Lunatic asylums Central Provinces reports 1910-1926 - 1910-1926
Year: 1910
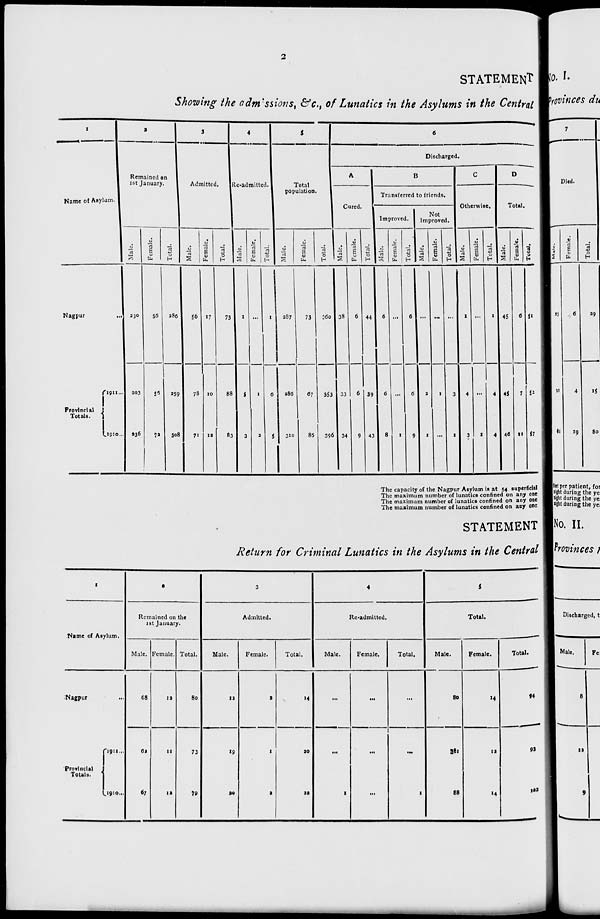
2
STATEMENT
Showing the admissions, &c., of Lunatics in the Asylums in the Central
1
Name of Asylum.
Nagpur ...
Provincial
Totals.
1911 ...
1910 ...
2
Remained on
1st January.
Male.
230
203
236
Female.
56
56
72
Total.
286
259
308
3
Admitted.
Male.
56
78
71
Female.
17
10
12
Total.
73
88
83
4
Re-admitted.
Male.
1
5
3
Female.
...
1
2
Total.
1
6
5
5
Total
population.
Male.
287
286
310
Female.
73
67
86
Total.
360
353
396
6
Discharged.
A
Cured.
Male.
38
33
34
Female.
6
6
9
Total.
44
39
43
B
Transferred to friends.
Improved.
Male.
6
6
8
Female.
...
...
1
Total.
6
6
9
Not
Improved.
Male.
...
2
1
Female.
...
1
...
Total.
...
3
1
C
Otherwise.
Male.
1
4
3
Female.
...
...
1
Total.
1
4
4
D
Total.
Male.
45
45
46
Female.
6
7
11
Total.
51
52
57
The capacity of the Nagpur Asylum is at 54 superficial
The maximum number of lunatics confined on any one
The maximum number of lunatics confined on any one
The maximum number of lunatics confined on any one
STATEMENT
Return for Criminal Lunatics in the Asylums in the Central
1
Name of Asylum.
Nagpur ...
Provincial
Totals.
1911 ...
1910 ...
2
Remained on the
1st January.
Male.
68
62
67
Female.
12
11
12
Total.
80
73
79
3
Admitted.
Male.
12
19
20
Female.
9
1
2
Total.
14
20
22
4
Re-admitted.
Male.
...
...
1
Female.
...
...
...
Total.
...
...
1
5
Total.
Male.
80
81
88
Female.
14
12
14
Total.
94
93
102